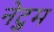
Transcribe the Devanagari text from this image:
नेटुम